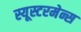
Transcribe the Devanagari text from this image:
स्यूस्टरमेन्स